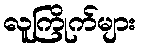
လူကြိုက်များ